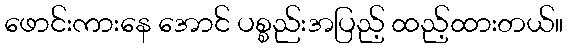
ဖောင်းကားနေ အောင် ပစ္စည်းအပြည့် ထည့်ထားတယ်။